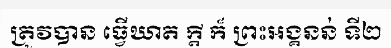
ត្រូវបាន ធ្វើឃាត ក្តី ក៏ ព្រះអង្គនន់ ទី២